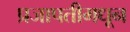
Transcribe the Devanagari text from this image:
प्रजापतीमधून